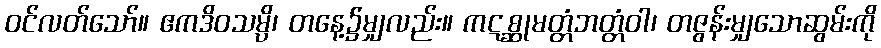
ဝင်လတ်သော်။ ဧကဒိဝသမ္ပိ၊ တနေ့၌မျှလည်း။ ကဋစ္ဆုမတ္တံဘတ္တံဝါ၊ တဇွန်းမျှသောဆွမ်းကို